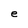
Character: e